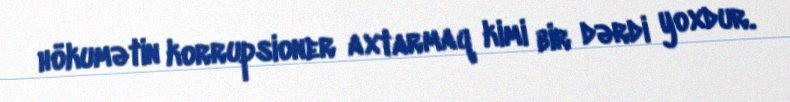
hökumətin korrupsioner axtarmaq kimi bir dərdi yoxdur.